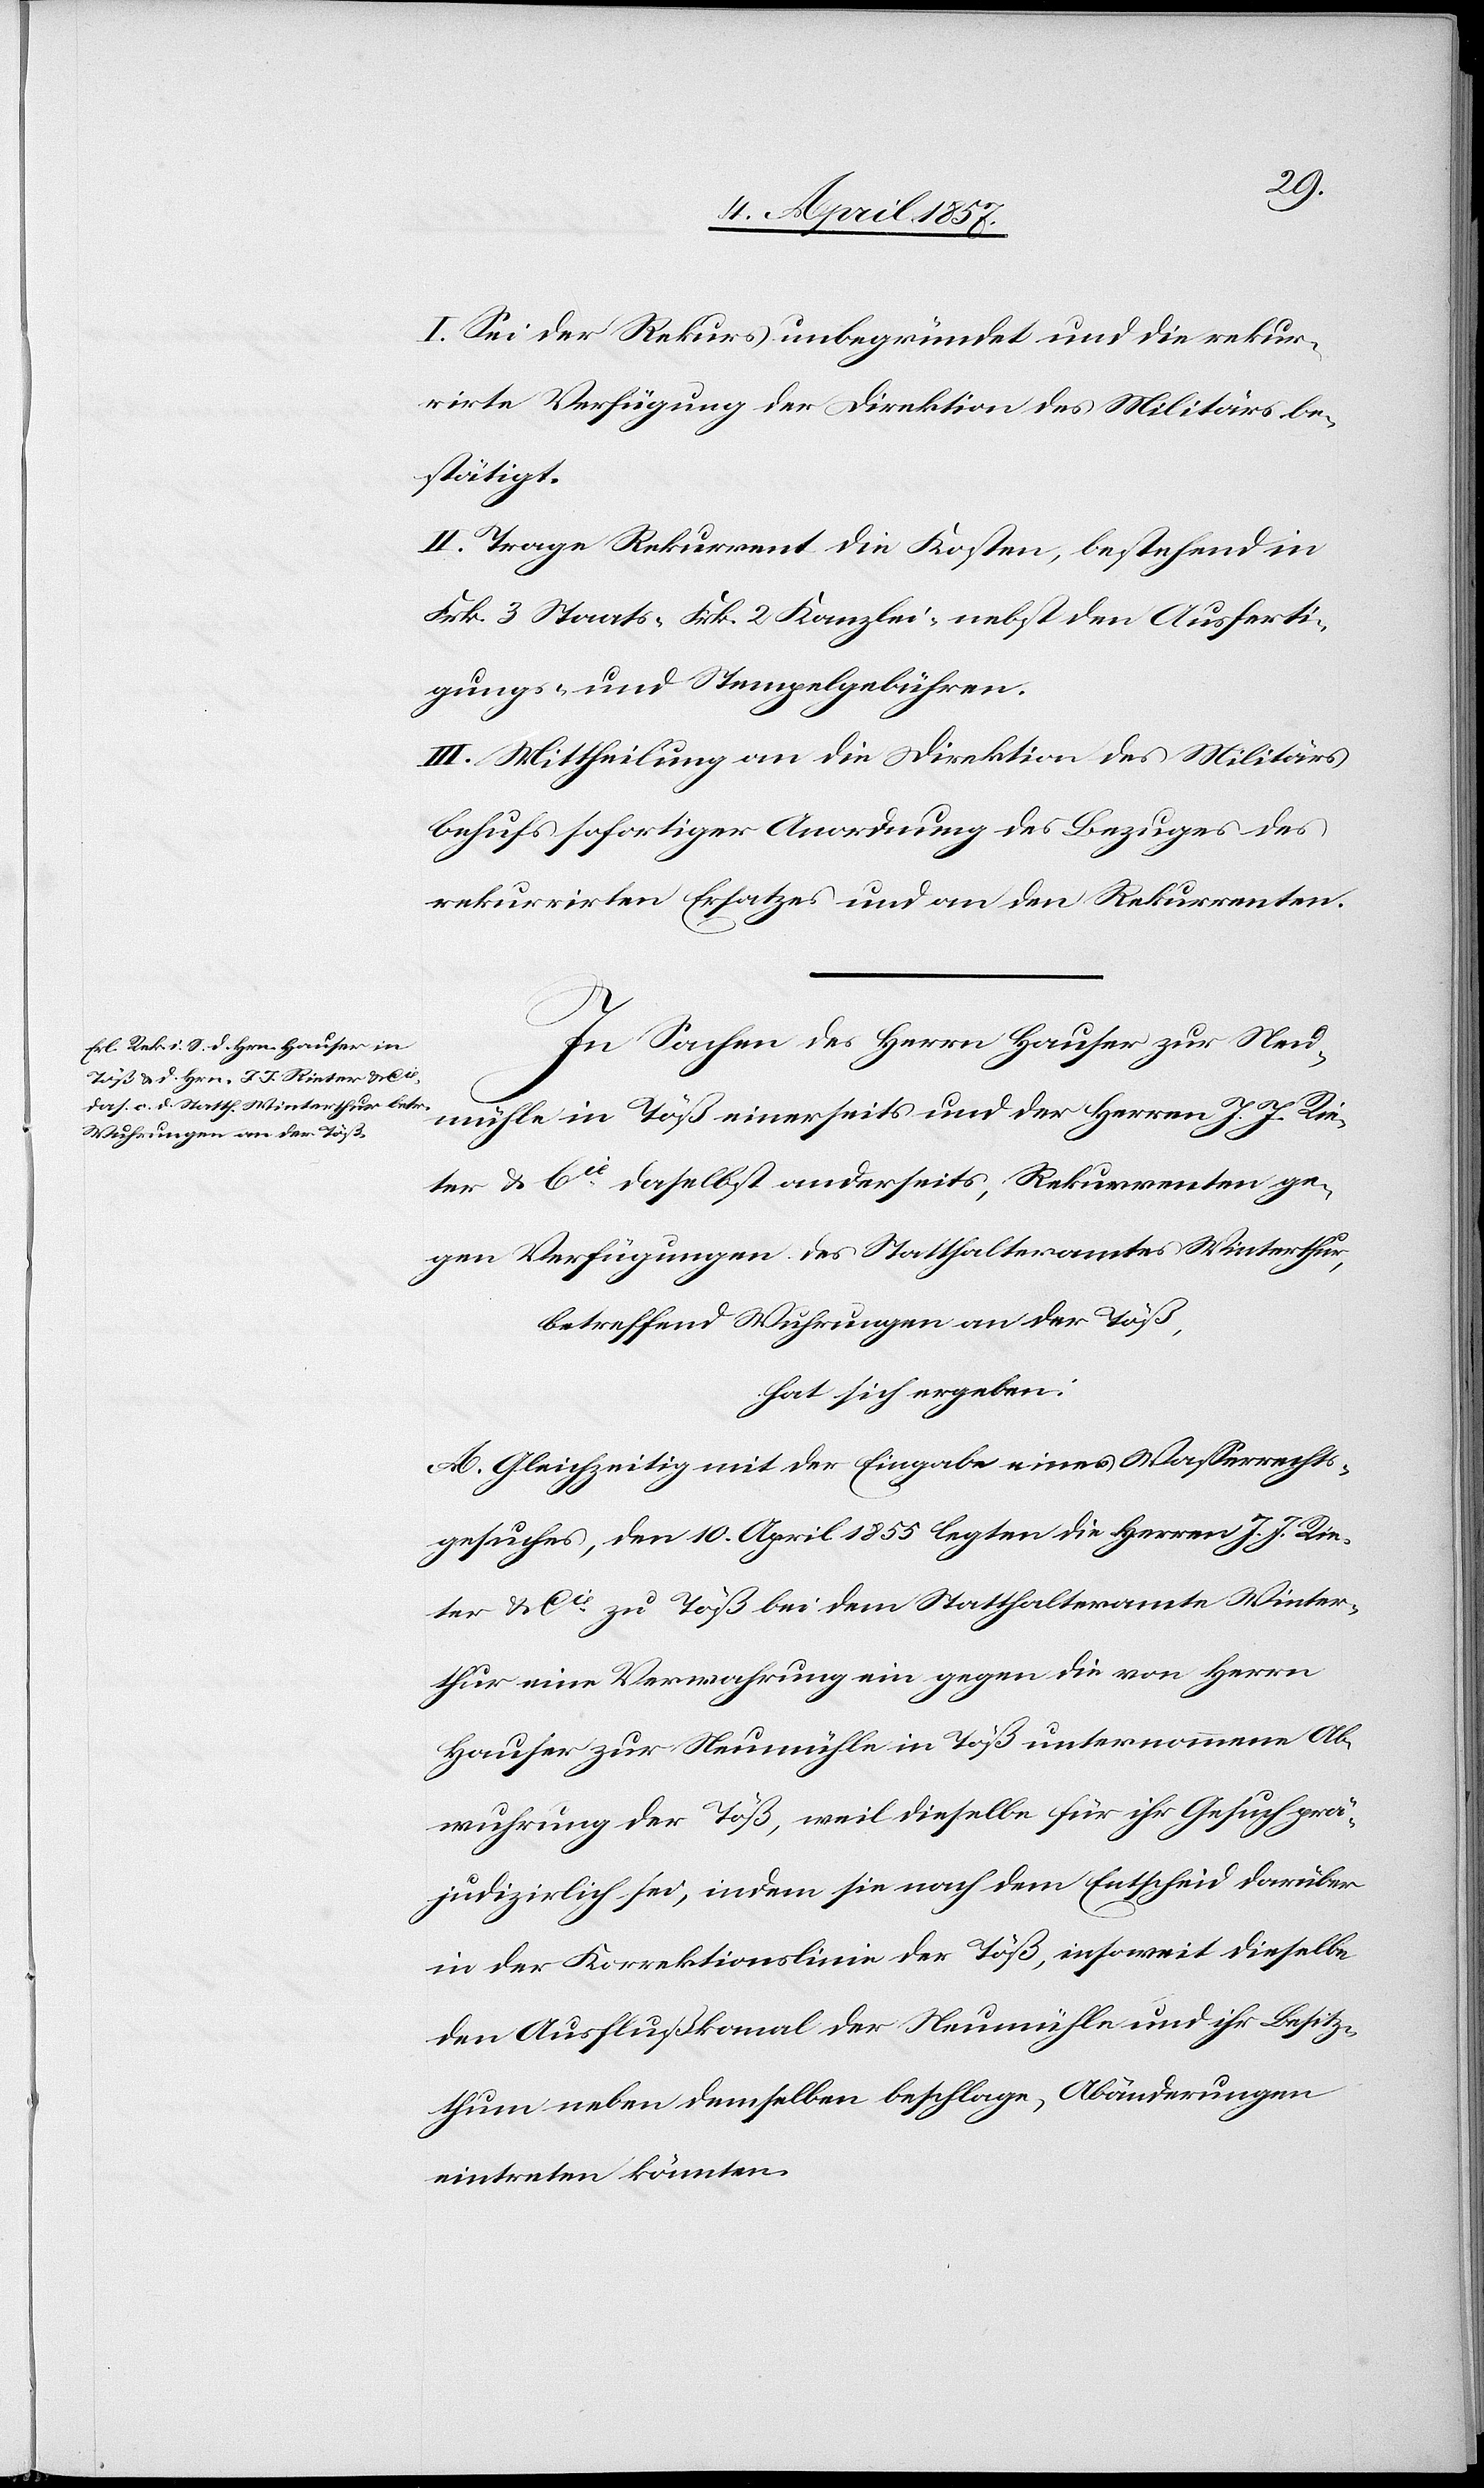
I. Sei der Rekurs unbegründet und die rekur¬
rirte Verfügung der Direktion des Militärs be¬
stätigt.
II. Trage Rekurrent die Kosten, bestehend in
Frk. 3 Staats-[,] Frk. 2 Kanzlei-[,] nebst den Ausferti¬
gungs- und Stempelgebühren.
III. Mittheilung an die Direktion des Militärs
behufs sofortiger Anordnung des Bezuges des
rekurrirten Ersatzes und an den Rekurrenten.
In Sachen des Herrn Hauser zur Neu¬
mühle in Töß einerseits und der Herren J. J. Rie¬
ter & Cie daselbst anderseits, Rekurrenten ge¬
gen Verfügungen des Statthalteramtes Winterthur,
betreffend Wuhrungen an der Töß,
hat sich ergeben:
A. Gleichzeitig mit der Eingabe eines Wasserrechts¬
gesuches, den 10. April 1855 legten die Herren J. J. Rie¬
ter & Cie zu Töß bei dem Statthalteramte Winter¬
thur eine Verwahrung ein gegen die von Herrn
Hauser zur Neumühle in Töß unternommene Ab¬
wuhrung der Töß, weil dieselbe für ihr Gesuch prä¬
judizirlich sei, indem sie [sic!] nach dem Entscheid darüber
in der Korrektionslinie der Töß, insoweit dieselbe
den Ausflußkanal der Neumühle und ihr Besitz¬
thum neben demselben beschlage, Abänderungen
eintreten könnten.